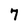
Character: 7